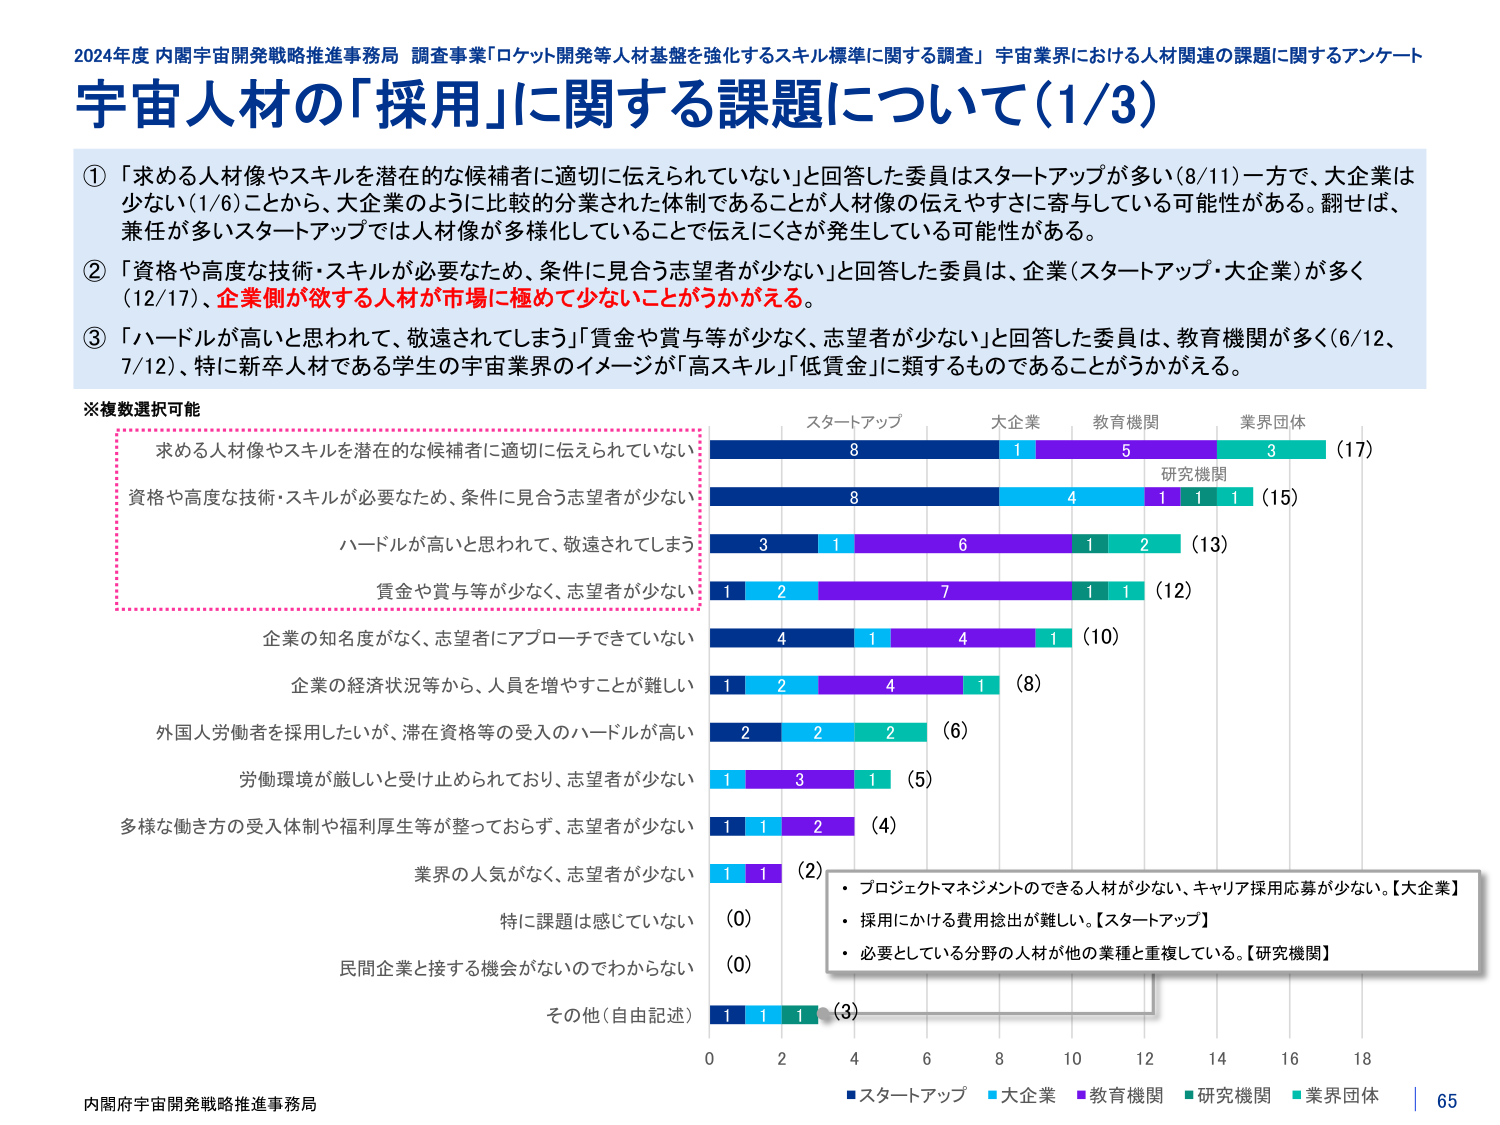
2024年度 内閣宇宙開発戦略推進事務局 調査事業「ロケット開発等人材基盤を強化するスキル標準に関する調査」 宇宙業界における人材関連の課題に関するアンケート
宇宙人材の「採用」に関する課題について（1/3）

① 「求める人材像やスキルを潜在的な候補者に適切に伝えられていない」と回答した委員はスタートアップが多い（8/11）一方で、大企業は少ない（1/6）ことから、大企業のように比較的分業された体制であることが人材像の伝えやすさに寄与している可能性がある。翻せば、兼任が多いスタートアップでは人材像が多様化していることで伝えにくさが発生している可能性がある。

② 「資格や高度な技術・スキルが必要なため、条件に見合う志望者が少ない」と回答した委員は、企業（スタートアップ・大企業）が多く（12/17）、企業側が欲する人材が市場に極めて少ないことがうかがえる。

③ 「ハードルが高いと思われて、敬遠されてしまう」「賃金や賞与等が少なく、志望者が少ない」と回答した委員は、教育機関が多く（6/12、7/12）、特に新卒人材である学生の宇宙業界のイメージが「高スキル」「低賃金」に類するものであることがうかがえる。

※複数選択可能

求める人材像やスキルを潜在的な候補者に適切に伝えられていない
資格や高度な技術・スキルが必要なため、条件に見合う志望者が少ない
ハードルが高いと思われて、敬遠されてしまう
賃金や賞与等が少なく、志望者が少ない
企業の知名度がなく、志望者にアプローチできていない
企業の経済状況等から、人員を増やすことが難しい
外国人労働者を採用したいが、滞在資格等の受入のハードルが高い
労働環境が厳しいと受け止められており、志望者が少ない
多様な働き方の受入体制や福利厚生等が整っておらず、志望者が少ない
業界の人気がなく、志望者が少ない
特に課題は感じしていない
民間企業と接する機会がないのでわからない
その他（自由記述）

スタートアップ　大企業　教育機関　研究機関　業界団体
8　　　　　1　　　5　　　　3　　　　（17）
8　　　　　4　　　1　　　　1　　　　（15）
3　　　　　1　　　6　　　　1　　　　2　　　　（13）
1　　　　　2　　　7　　　　1　　　　1　　　　（12）
4　　　　　1　　　4　　　　1　　　　（10）
1　　　　　2　　　4　　　　1　　　　（8）
2　　　　　2　　　2　　　　（6）
1　　　　　3　　　1　　　　（5）
1　　　　　1　　　2　　　　（4）
1　　　　　1　　　（2）
（0）
（0）
1　　　　　1　　　1　　　　（3）

・プロジェクトマネジメントのできる人材が少ない、キャリア採用応募が少ない。【大企業】
・採用にかける費用捻出が難しい。【スタートアップ】
・必要としている分野の人材が他の業種と重複している。【研究機関】

内閣府宇宙開発戦略推進事務局
65

■スタートアップ　■大企業　■教育機関　■研究機関　■業界団体